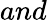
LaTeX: and